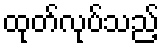
ထုတ်လုပ်သည့်